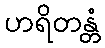
ဟရိတန္တံ